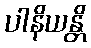
ပါနိယန္တိ